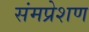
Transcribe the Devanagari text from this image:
संमप्रेशण